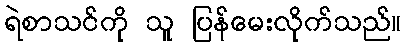
ရဲစာသင်ကို သူ ပြန်မေးလိုက်သည်။